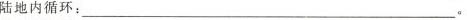
陆地内循环：____